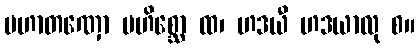
မဟာတဏှော မဟိစ္ဆော ထ၊ ဟဒယီ ဟဒယာလု စ။